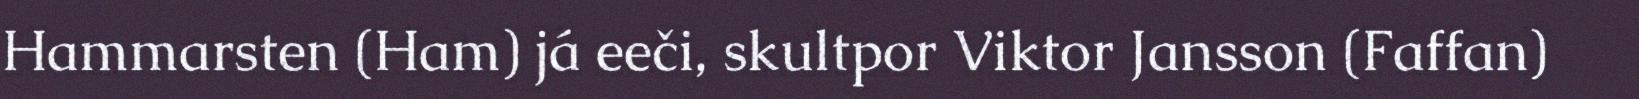
Hammarsten (Ham) já eeči, skultpor Viktor Jansson (Faffan)